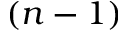
( n - 1 )